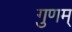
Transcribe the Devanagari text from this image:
गुणम्